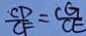
\frac { C D } { C F } = \frac { C G } { C E }